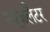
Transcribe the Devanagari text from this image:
न्यूज़लैटर